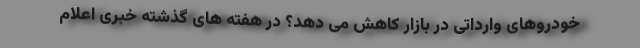
خودروهای وارداتی در بازار کاهش می دهد؟ در هفته های گذشته خبری اعلام